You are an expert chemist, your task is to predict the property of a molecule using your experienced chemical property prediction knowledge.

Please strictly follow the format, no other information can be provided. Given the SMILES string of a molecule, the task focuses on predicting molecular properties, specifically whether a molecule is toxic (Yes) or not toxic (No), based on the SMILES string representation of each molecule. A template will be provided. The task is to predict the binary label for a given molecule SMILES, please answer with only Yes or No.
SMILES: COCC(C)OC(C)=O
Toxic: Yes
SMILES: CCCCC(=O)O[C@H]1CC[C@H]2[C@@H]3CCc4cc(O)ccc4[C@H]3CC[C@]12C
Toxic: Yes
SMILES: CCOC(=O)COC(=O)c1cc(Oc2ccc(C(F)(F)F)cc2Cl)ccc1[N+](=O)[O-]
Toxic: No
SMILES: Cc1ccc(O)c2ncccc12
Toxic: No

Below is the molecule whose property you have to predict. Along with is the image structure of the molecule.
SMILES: c1ccc(C[n+]2cccc3ccccc32)cc1
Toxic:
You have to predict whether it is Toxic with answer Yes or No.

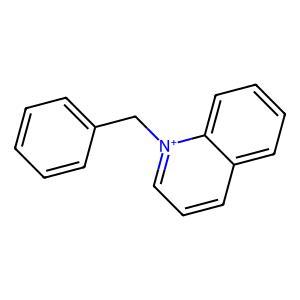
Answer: No